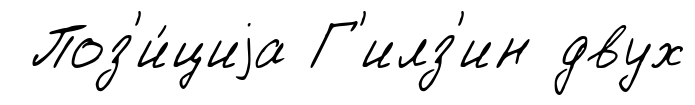
Поз'и́циjа Г'илз'ин двух